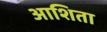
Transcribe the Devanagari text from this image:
आशिता